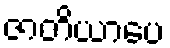
ဇာတိယာပေ